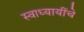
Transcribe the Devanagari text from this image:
स्वाध्यायींचे